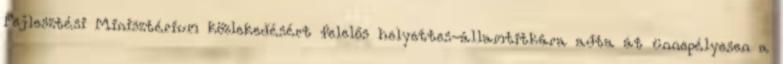
Fejlesztési Minisztérium közlekedésért felelős helyettes-államtitkára adta át ünnepélyesen a